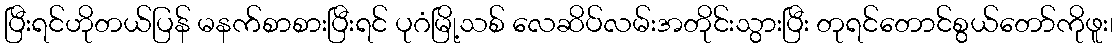
ပြီးရင်ဟိုတယ်ပြန် မနက်စာစားပြီးရင် ပုဂံမြို့သစ် လေဆိပ်လမ်းအတိုင်းသွားပြီး တုရင်တောင်စွယ်တော်ကိုဖူး၊